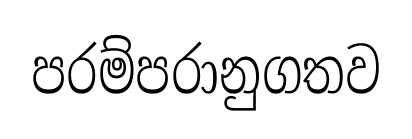
පරම්පරානුගතව